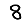
Digit: 8